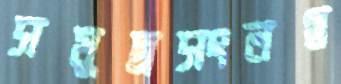
সমুদ্রসংলগ্ন